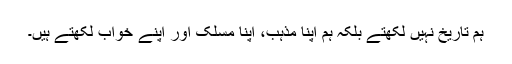
ہم تاریخ نہیں لکھتے بلکہ ہم اپنا مذہب، اپنا مسلک اور اپنے خواب لکھتے ہیں۔